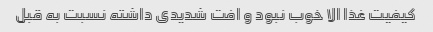
کیفیت غذا الا خوب نبود و افت‌ شدیدی داشته نسبت به قبل